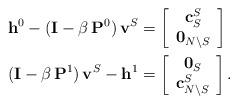
LaTeX: \begin{align*}\mathbf{h}^0 - (\mathbf{I} - \beta \, \mathbf{P}^0) \, \mathbf{v}^S & = \left[\begin{array}{c} \mathbf{c}_S^S \\ \mathbf{0}_{N \setminus S}\end{array}\right] \\(\mathbf{I} - \beta \, \mathbf{P}^1) \, \mathbf{v}^S - \mathbf{h}^1 & = \left[\begin{array}{c} \mathbf{0}_{S} \\ \mathbf{c}_{N \setminus S}^S\end{array}\right]. \end{align*}